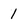
Character: 1